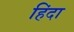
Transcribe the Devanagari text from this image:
हिंदा